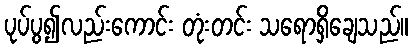
ပုပ်ပွ၍လည်းကောင်း တုံးတင်း သရောရှိချေသည်။